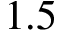
1 . 5